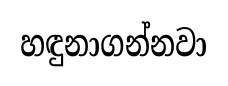
හඳුනාගන්නවා